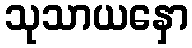
သုသာယနှော